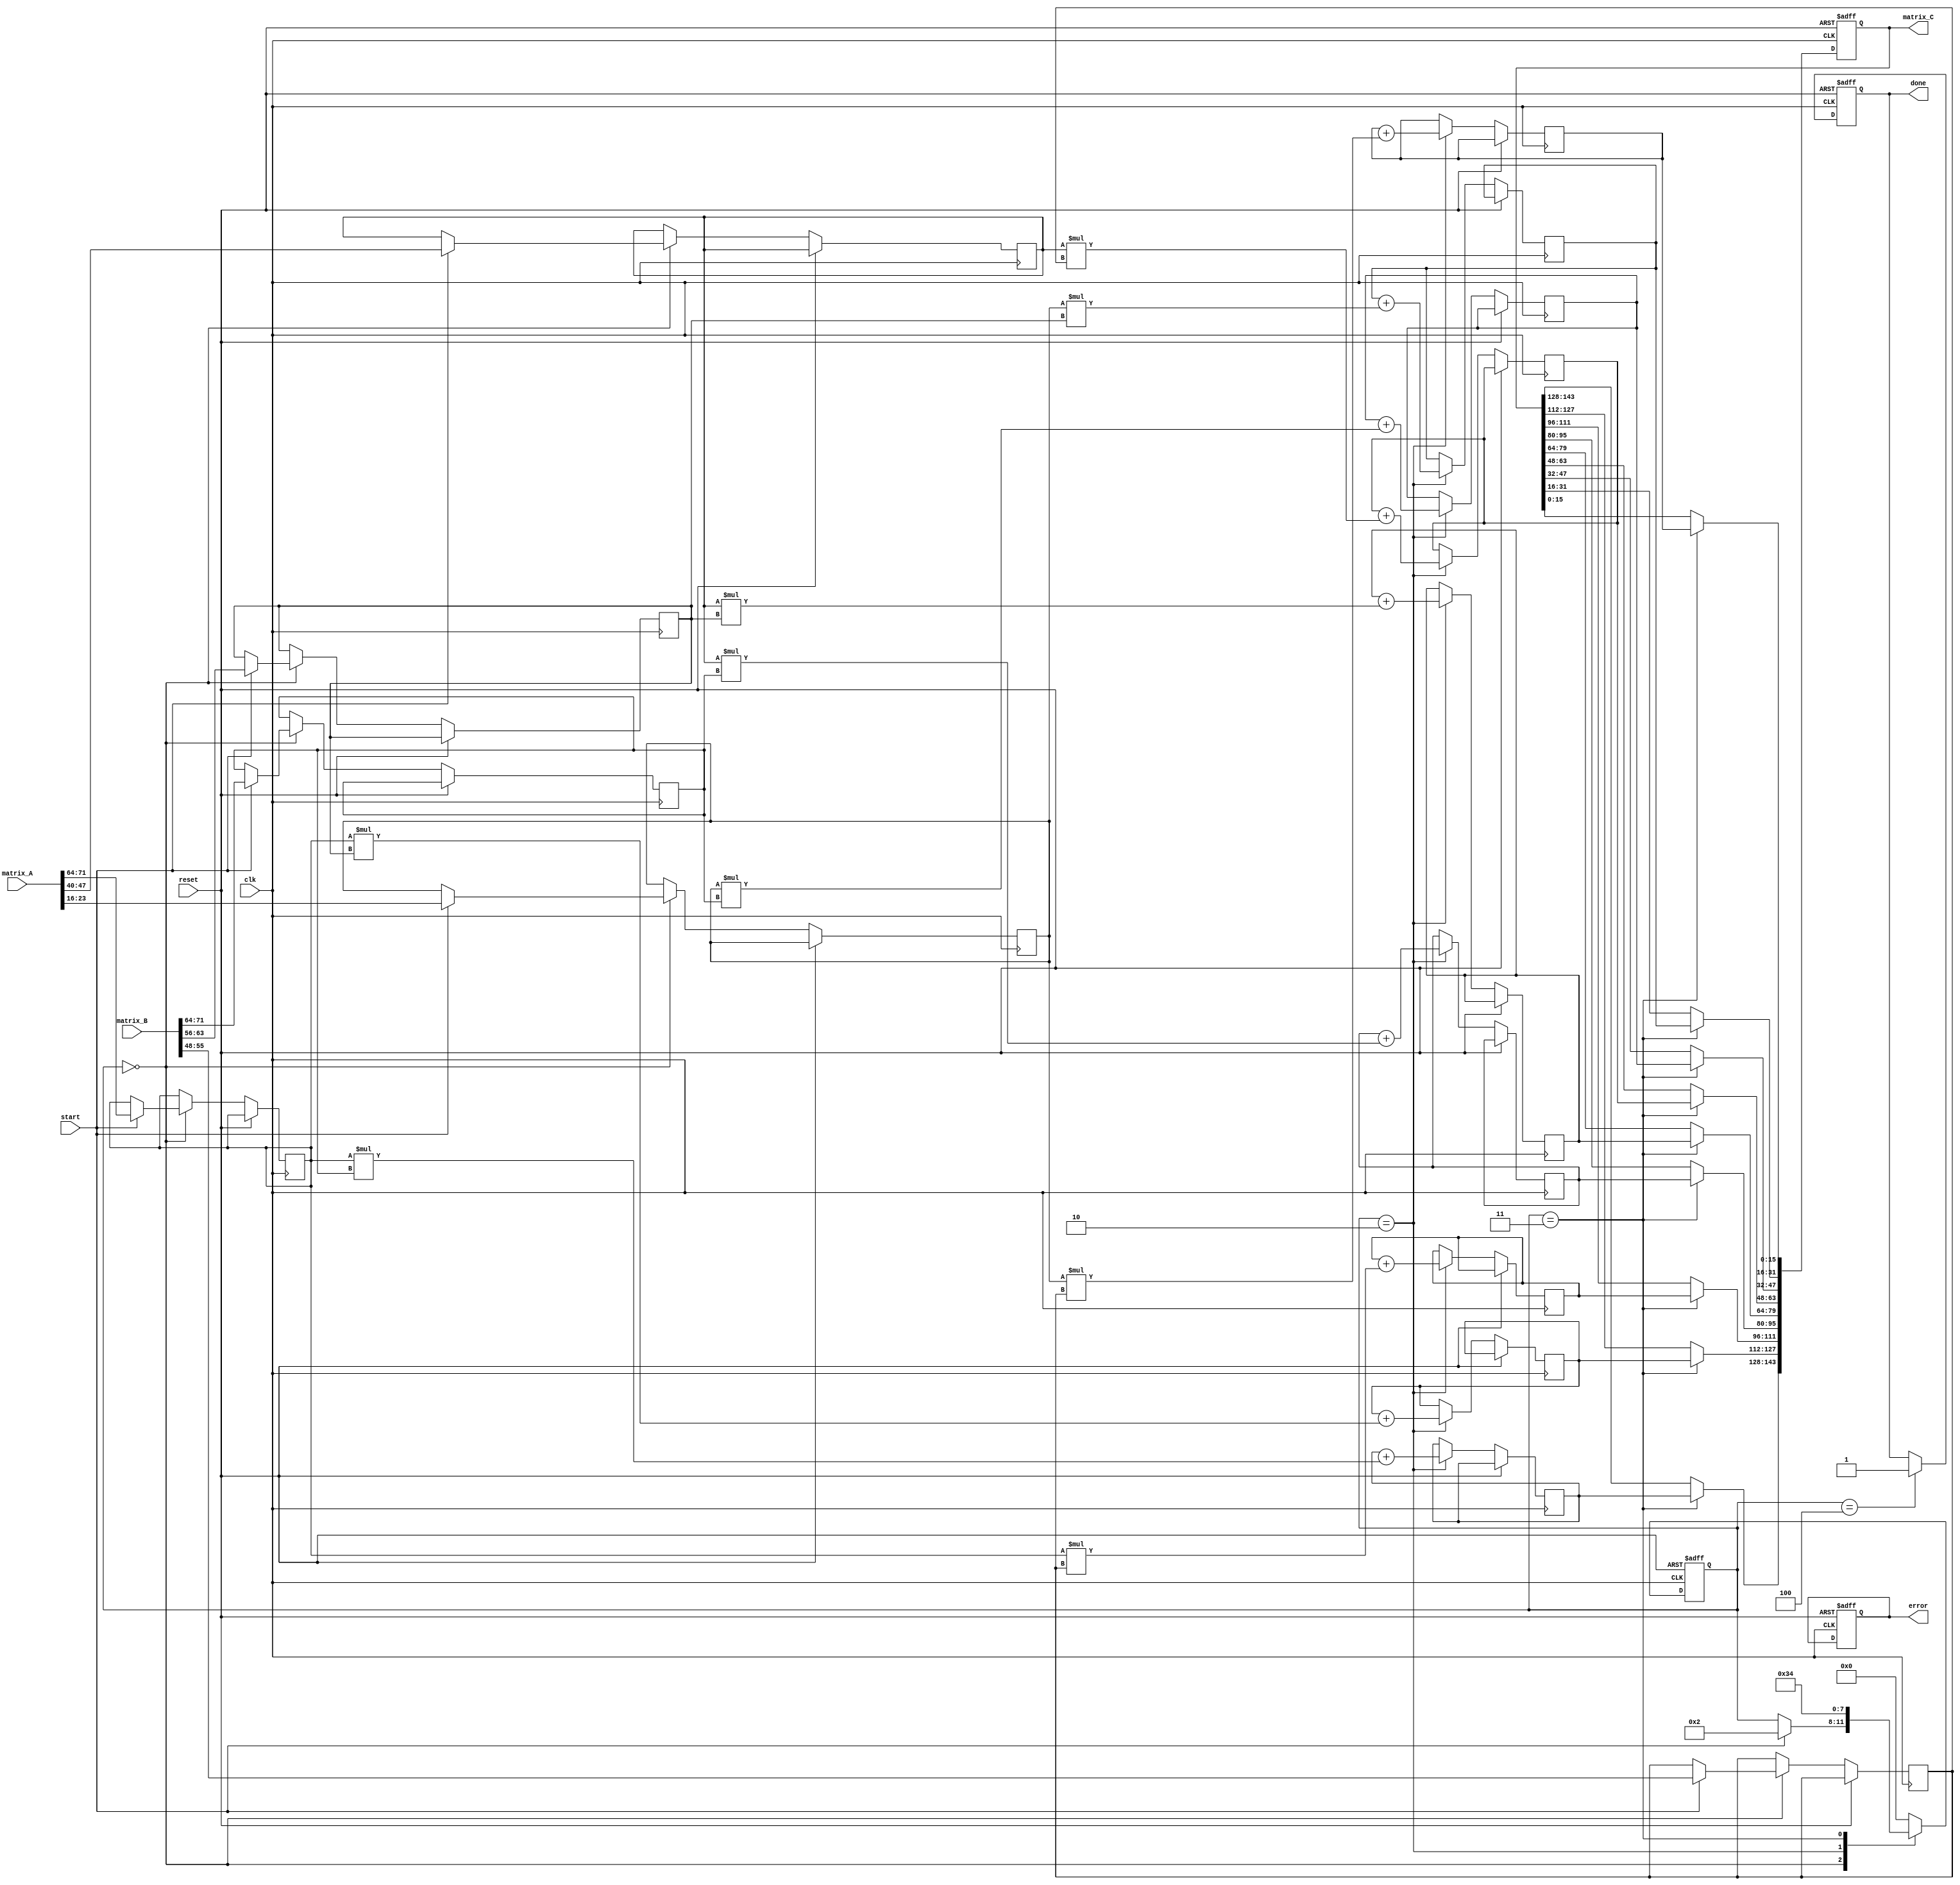
module stencil_multiplier #(
    parameter SIZE = 3 // Assuming a 3x3 matrix for simplicity
) (
    input clk,
    input reset,
    input start,
    input [SIZE*SIZE*8-1:0] matrix_A, // 8-bit data for the elements
    input [SIZE*SIZE*8-1:0] matrix_B,
    output reg [SIZE*SIZE*16-1:0] matrix_C, // 16-bit to accommodate output products
    output reg done,
    output reg error
);

// Internal representation of the matrices
reg [7:0] A [0:SIZE-1][0:SIZE-1];
reg [7:0] B [0:SIZE-1][0:SIZE-1];
reg [15:0] C [0:SIZE-1][0:SIZE-1];

integer i, j, k;
reg [3:0] state;
localparam IDLE = 0, LOAD = 1, CALCULATE = 2, STORE = 3, DONE = 4;

always @(posedge clk or posedge reset) begin
    if(reset) begin
        // Reset output and internal states
        matrix_C <= 0;
        done <= 0;
        error <= 0;
        state <= IDLE;
    end else begin
        case(state)
            IDLE: begin
                if(start) begin
                    // Load input matrices from input ports
                    for(i = 0; i < SIZE; i = i + 1) begin
                        for(j = 0; j < SIZE; j = j + 1) begin
                            A[i][j] <= matrix_A[(i*SIZE+j)*8 +: 8];
                            B[i][j] <= matrix_B[(i*SIZE+j)*8 +: 8];
                        end
                    end
                    state <= CALCULATE;
                end
            end
            
            CALCULATE: begin
                // Perform matrix multiplication C = A * B
                for(i = 0; i < SIZE; i = i + 1) begin
                    for(j = 0; j < SIZE; j = j + 1) begin
                        C[i][j] <= 0; // Initialize the result
                        for(k = 0; k < SIZE; k = k + 1) begin
                            C[i][j] <= C[i][j] + A[i][k] * B[k][j];
                        end
                    end
                end
                state <= STORE;
            end
            
            STORE: begin
                // Store the result into output register
                for(i = 0; i < SIZE; i = i + 1) begin
                    for(j = 0; j < SIZE; j = j + 1) begin
                        matrix_C[(i*SIZE+j)*16 +: 16] <= C[i][j];
                    end
                end
                state <= DONE;
            end
            
            DONE: begin
                done <= 1; // Signal that processing is done
                // Transition back to IDLE to allow for next operation
                state <= IDLE;
            end
            
            default: begin
                state <= IDLE; // Fallback
            end
        endcase
    end
end

endmodule